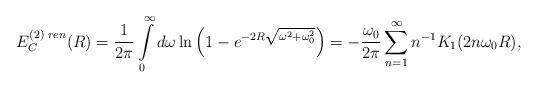
LaTeX: \begin{align*}E_C^{(2)\;ren}(R)=\frac{1}{2\pi}\int\limits_{0}^{\infty}d\omega\ln\left(1-e^{-2R\sqrt{\omega^2+\omega_0^2}}\right)=-\frac{\omega_0}{2\pi}\sum\limits_{n=1}^{\infty}n^{-1}K_1(2n\omega_0 R),\end{align*}